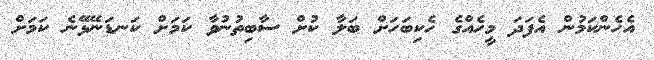
އެހެންކަމުން އެފަދަ މީހެއްގެ ހެކިބަހަށް ބަލާ ކުށް ސާބިތުނުވާ ކަމަށް ކަނޑަނޭޅޭނެ ކަމަށް